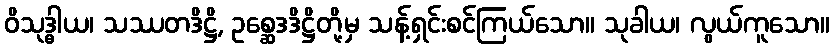
ဝိသုဒ္ဓါယ၊ သဿတဒိဋ္ဌိ, ဥစ္ဆေဒဒိဋ္ဌိတို့မှ သန့်ရှင်းစင်ကြယ်သော။ သုခါယ၊ လွယ်ကူသော။